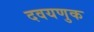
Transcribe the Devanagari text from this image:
दवयणुक